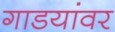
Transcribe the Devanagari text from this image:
गाडयांवर